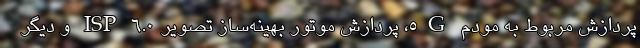
پردازش مربوط به مودم 5G، پردازش موتور بهینه‌ساز تصویر ISP 6.0 و دیگر